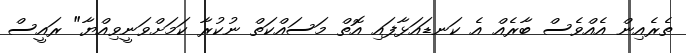
ތެރެއިން އެއްވެސް ބާރެއް އެ ކަނޑައަޅާފައި އޮތް މަސައްކަތް ނުކުރާ ކަމަށްވަނީވިއްޔާ" ރައީސް